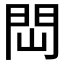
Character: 閊